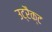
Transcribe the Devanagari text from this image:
उट्रैक्ट